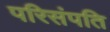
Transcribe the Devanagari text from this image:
परिसंपति